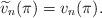
LaTeX: \begin{align*}\widetilde{v}_n(\pi)=v_n(\pi).\end{align*}